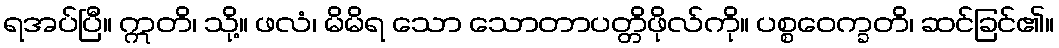
ရအပ်ပြီ။ ဣတိ၊ သို့။ ဖလံ၊ မိမိရ သော သောတာပတ္တိဖိုလ်ကို။ ပစ္စဝေက္ခတိ၊ ဆင်ခြင်၏။